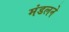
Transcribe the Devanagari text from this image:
मंडलने